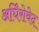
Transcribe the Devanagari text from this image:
अर्घिंरोवेद